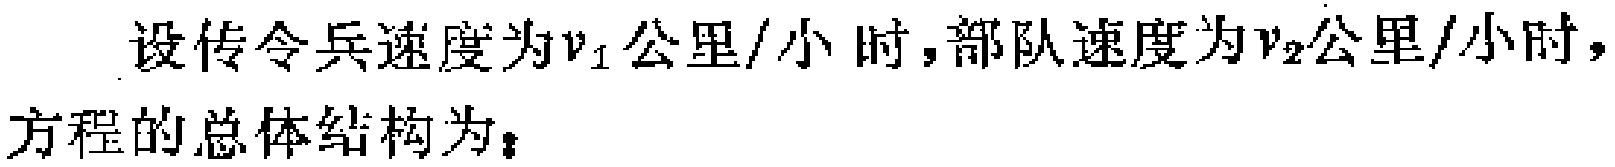
设传令兵速度为\(v_{1}\)公里/小时，部队速度为\(v_{2}\)公里/小时，
方程的总体结构为：